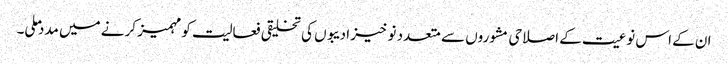
ان کے اس نوعیت کے اصلاحی مشوروں سے متعدد نو خیز ادیبوں کی تخلیقی فعالیت کو مہمیز کرنے میں مدد ملی۔